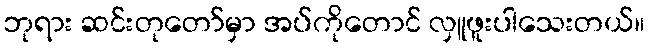
ဘုရား ဆင်းတုတော်မှာ အပ်ကိုတောင် လှူဖူးပါသေးတယ်။